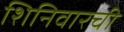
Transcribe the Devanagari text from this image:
शिनिवारची